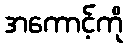
အကောင့်ကို